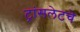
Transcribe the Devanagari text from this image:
ट्रांसलेटचे